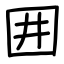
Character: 囲